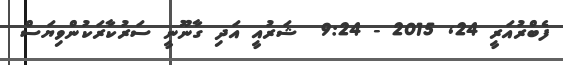
ފެބްރުއަރީ 24